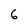
Character: 6